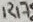
Text: R17